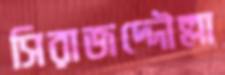
সিরাজদ্দৌল্লা